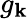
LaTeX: g_{\mathbf{k}}